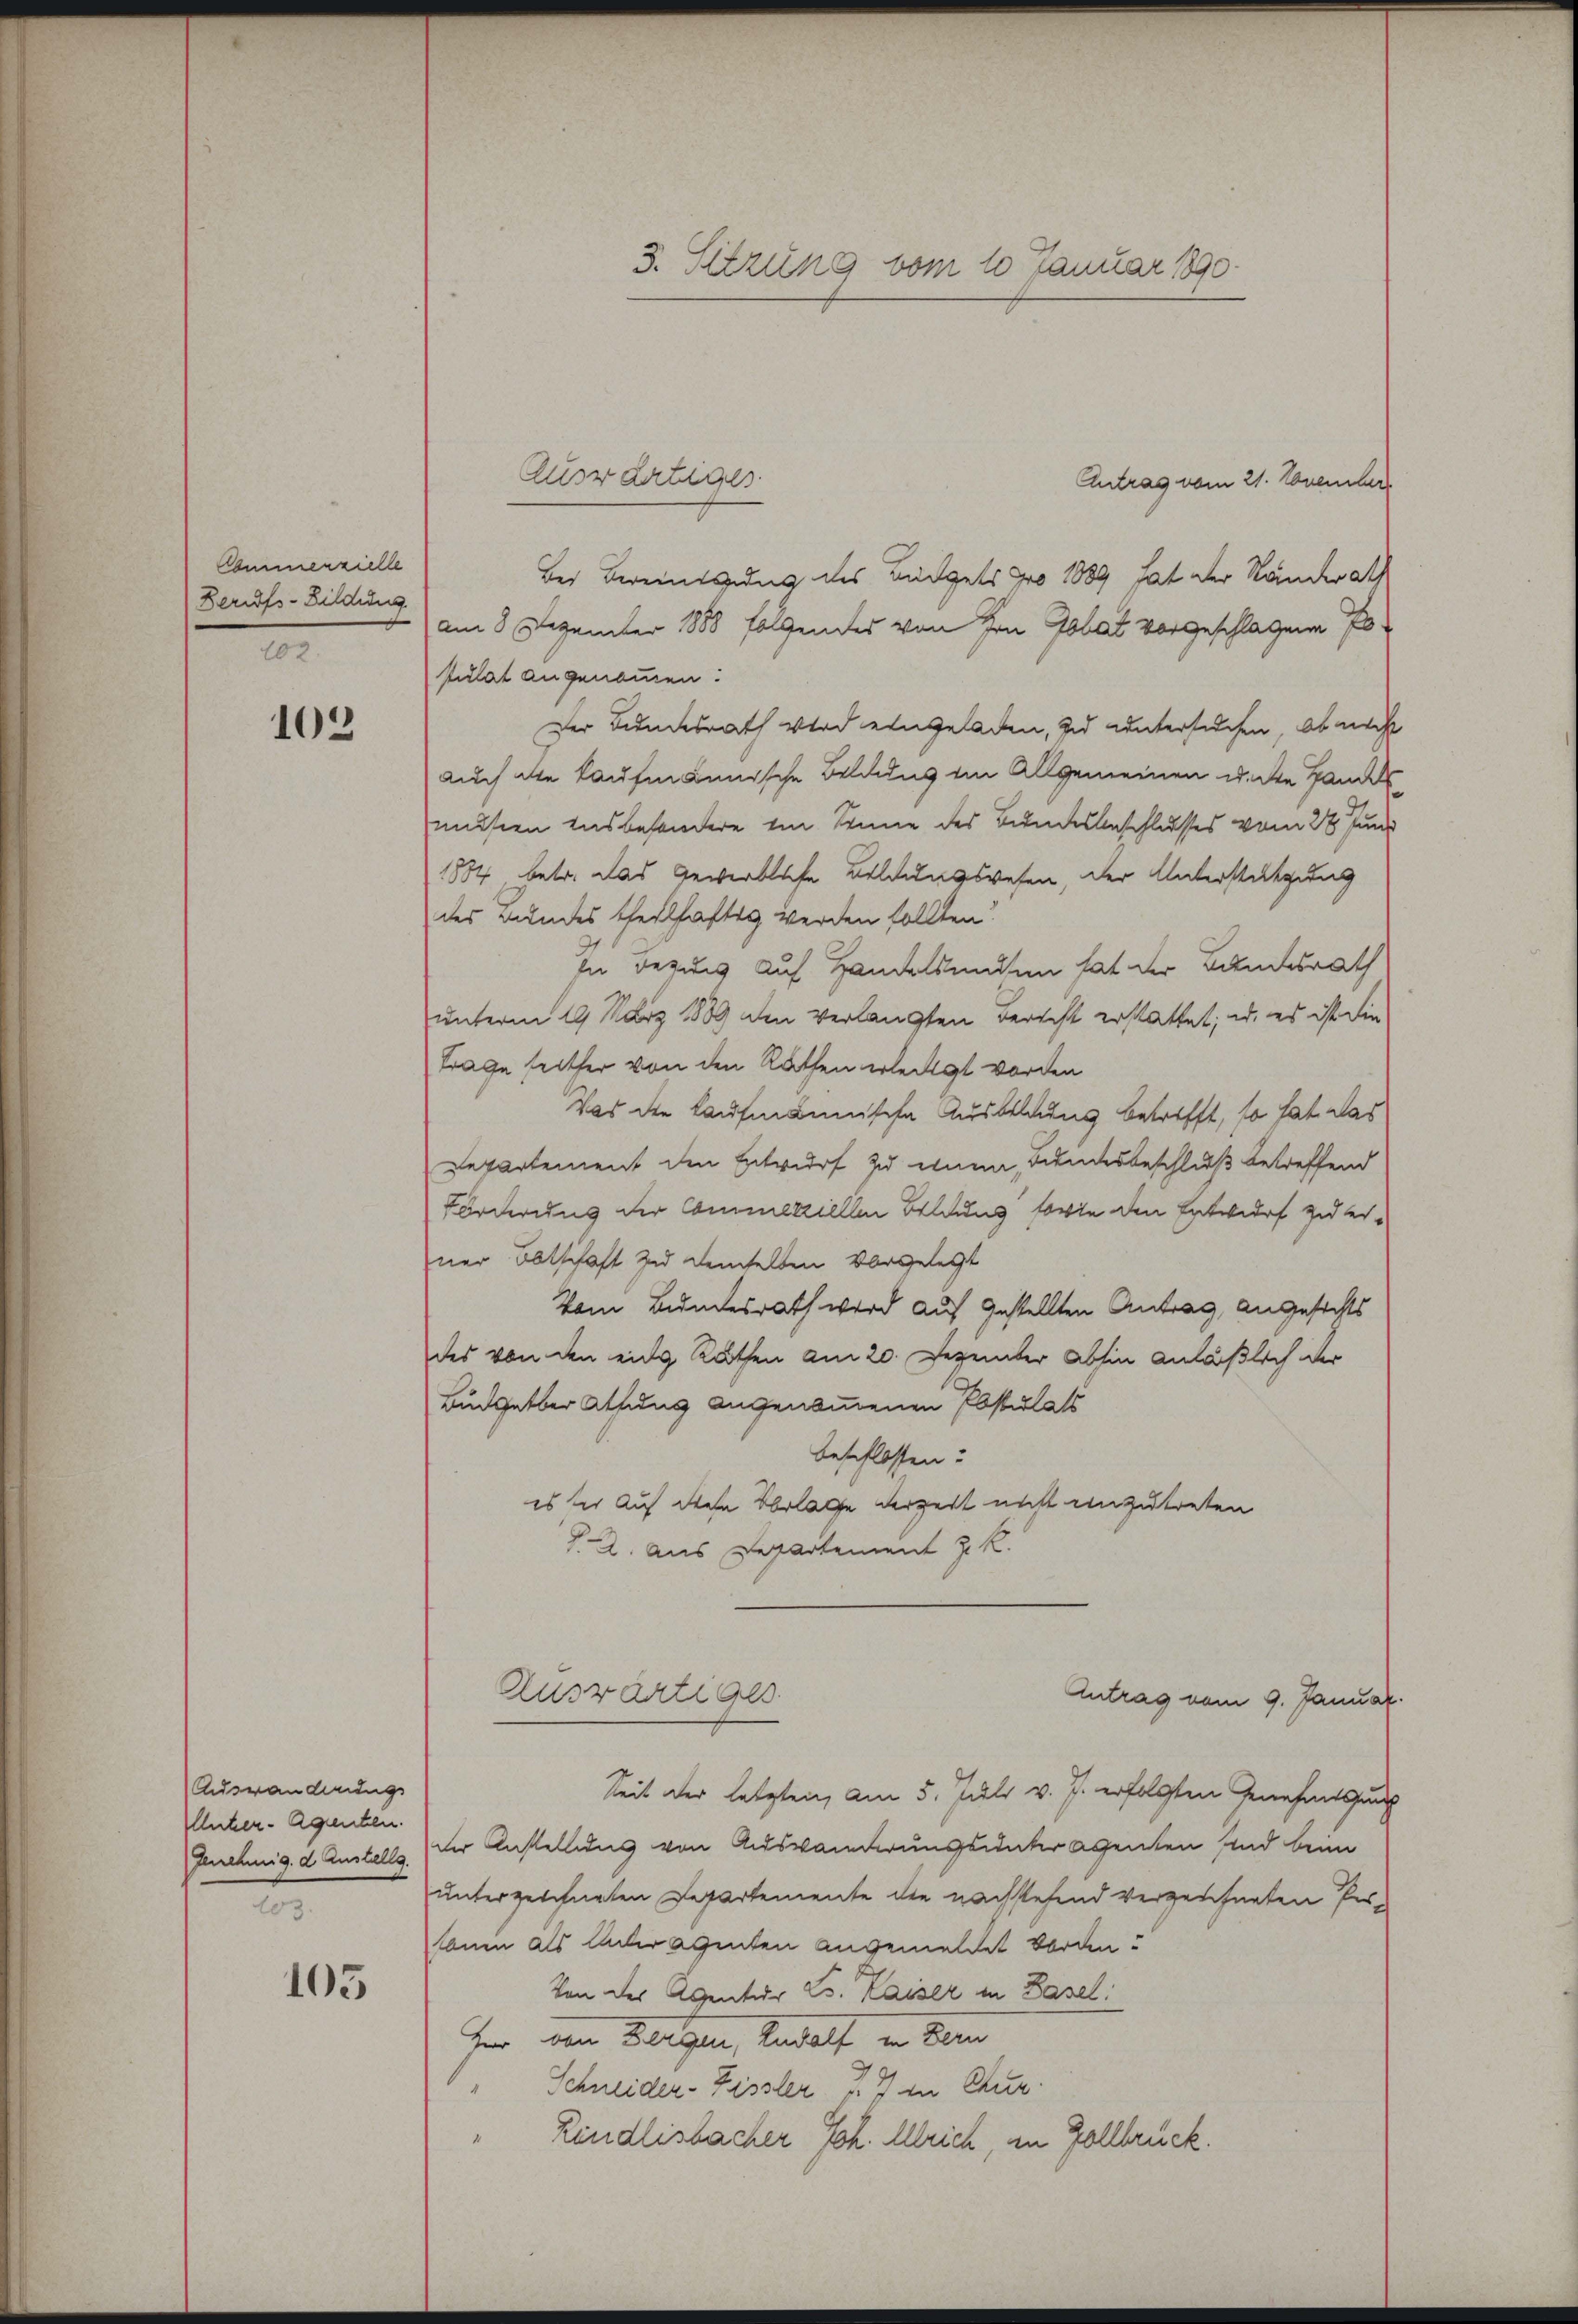
Commerzielle
Berufs-Bildung
202.

102

Auswanderungs
llicher-Agenten.
103.

105

3. Sitzung vom 10 Januar 1890.

Antrag vom 21. November.
Bei Bereinigung des Büdgets pro 1889 hat der Ständerath
am 8. Dezember 1888 folgendes von Hrn. Gobat vorgeschlagene Postulat angenommen.
Der Bundesrath wird eingeladen, zu untersuchen, ob nich
auch die kaufmannische Belaus im Allgemeinen u. die Handels
musten das besondere ein Sonne des Bundesbeschlusses vom 28. Juni
1884 betr. das Gewerbliche Bildungswesen, der Unterstützung
des Bundes theilhaftig werden sollten
In Bezug auf Handelsunden hat der Bundesrath
unterm 19. März 1889 den verlangten Berecht erstattet, u. es ist die
Frage seither von den Rathen erleigt worden
Was die kaufmännische Ausbildung betrifft, so hat das
Departement den Entwurf zu einem Bundesbeschluß betreffend
Förderung der Commetriellen Bildung forte den Entwurf zu er-
ner Botschaft zu demselben vorgelegt
Vom Bundesrath wird auf gestellten Antrag, angesichts
des von den eine Rathen am 20. Dezember abhin anläßlich der
Büdgetber Sitzung angenommenen Postulass
beschlossen:
es der auf diese Vorlage derzeit nicht anzutreten
J. A. aus Departement J. K.
Auswärtiges
Antrag vom 9. Januar.
Seit der letzten, am 5. Juli v. J. erfolgten Genehmessung
Inrehnig. d. Austelle der Anstellung von Auswanderungsunter agenten sind beim
untergescharten Departemente die nachstehend verzeichneten Personen als Aderagenten angemeldet vorden.
Von der Agentur L. Kaiser in Basel
Her von Beilagen, Randolf in Bern
Schneider-Zissler u. 7 in Chur
Rindlisbacher Joh. Alleich, in Zollbrück.

Auswärtiges